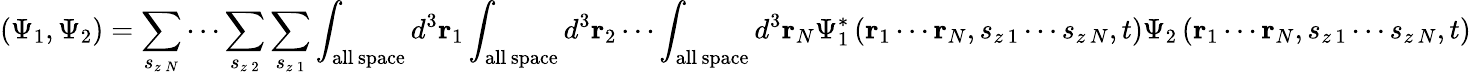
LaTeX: (\Psi_{1},\Psi_{2})=\sum_{s_{z\, N}}\cdots\sum_{s_{z\, 2}}\sum_{s_{z\, 1}}\int_{\mathrm{all\, space}}d^{3}\mathbf{r}_{1}\int_{\mathrm{all\, space}}d^{3}\mathbf{r}_{2}\cdots\int_{\mathrm{all\, space}}d^{3}\mathbf{r}_{N}\Psi_{1}^{*}\left(\mathbf{r}_{1}\cdots\mathbf{r}_{N},s_{z\, 1}\cdots s_{z\, N},t\right)\Psi_{2}\left(\mathbf{r}_{1}\cdots\mathbf{r}_{N},s_{z\, 1}\cdots s_{z\, N},t\right)